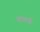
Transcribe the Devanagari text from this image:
कलर्क